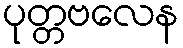
ပုတ္တဗလေန